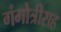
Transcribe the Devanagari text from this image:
गंगोत्रीसह